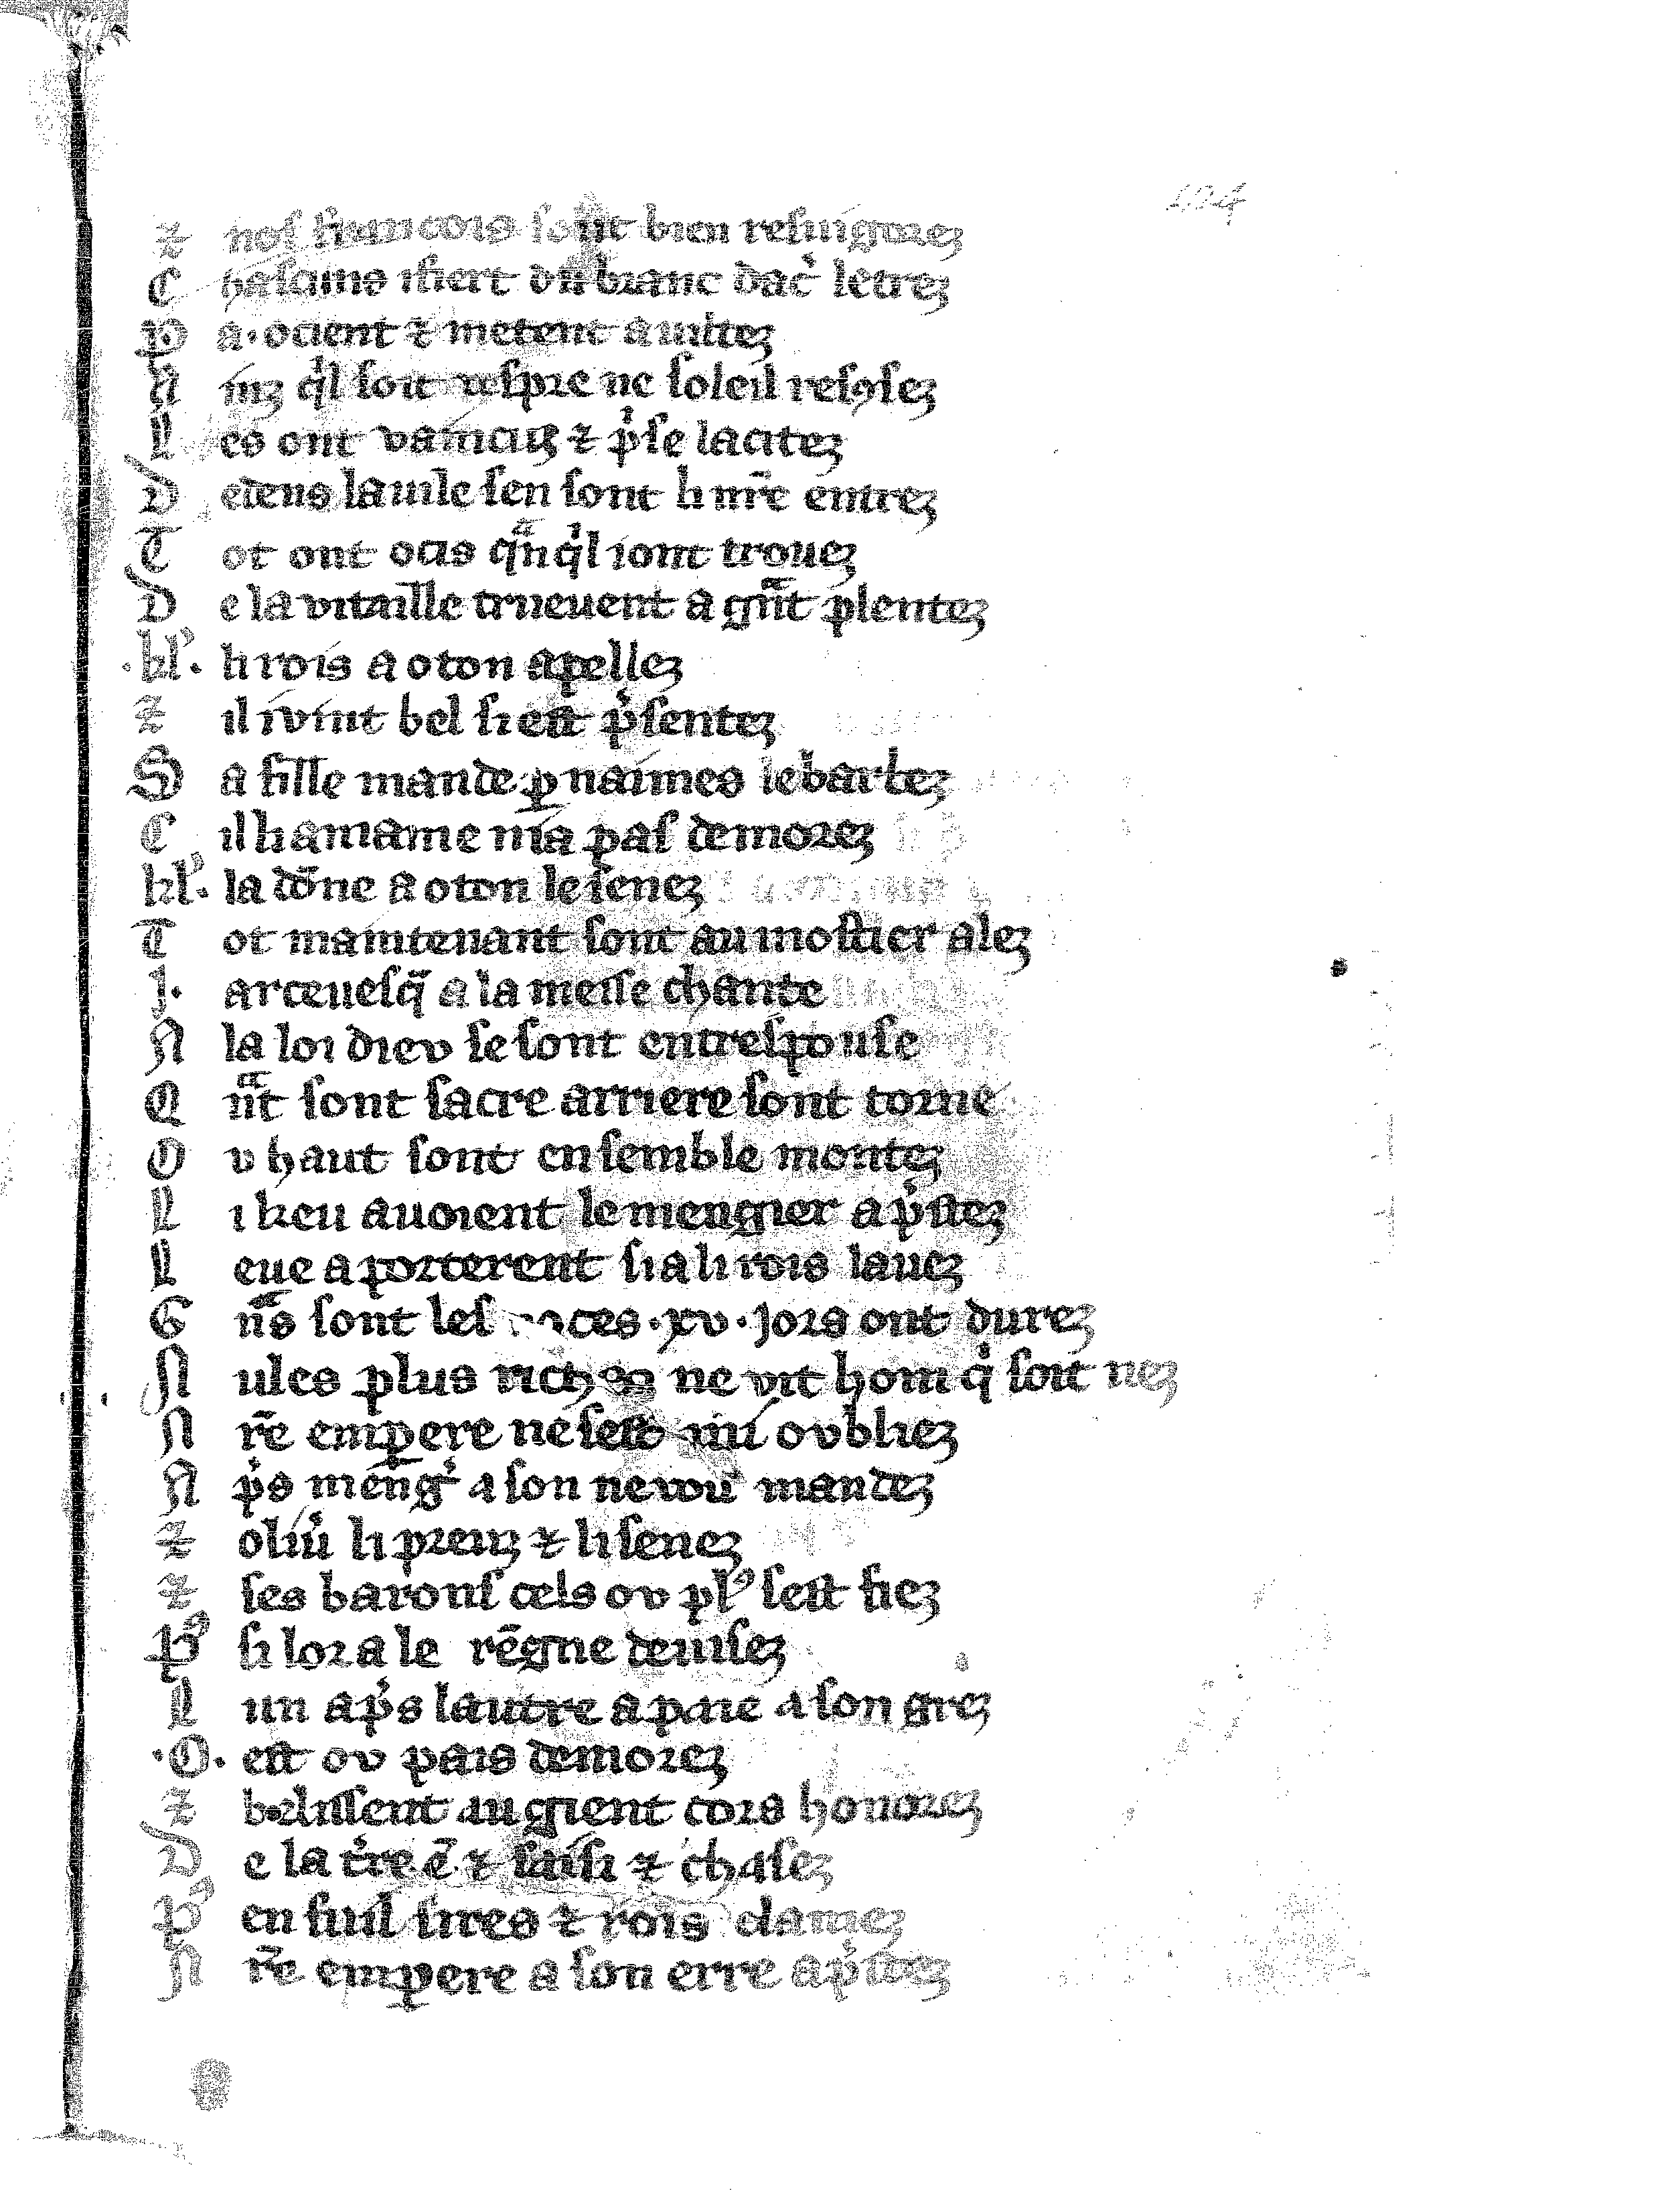
Shelfmark: Vatican, Biblioteca apostolica vaticana, Reg.lat. 1616
Century: 14